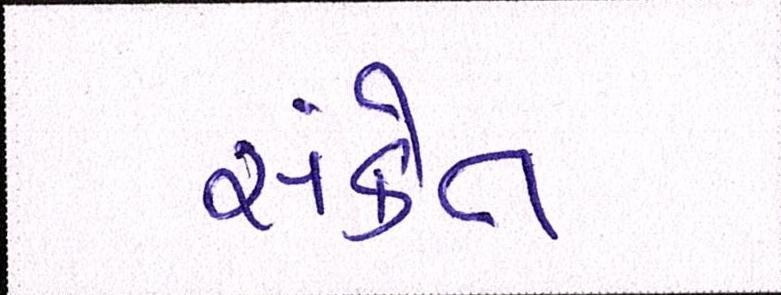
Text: સંકેત